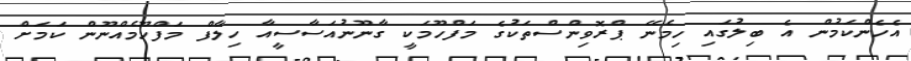
އެހެންކަމުން އެ ބިލުގައި ހިމެނޭ ޕްރޮވިންސްތަކުގެ މަފްހޫމަކީ ގާނޫނުއަސާސީއާ ހިލާފް މަފްހޫމެއްނޫން ކަމަށް